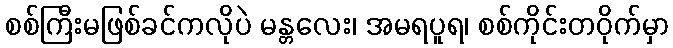
စစ်ကြီးမဖြစ်ခင်ကလိုပဲ မန္တလေး၊ အမရပူရ၊ စစ်ကိုင်းတဝိုက်မှာ